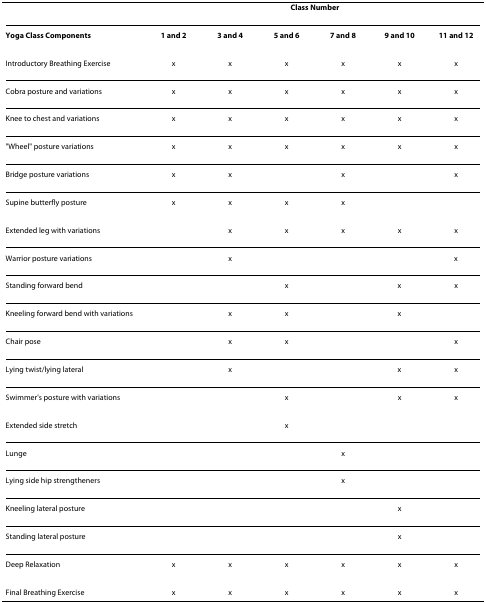
<table><thead><tr><td></td><td colspan="6"><b>Class Number</b></td></tr></thead><tbody><tr><td><b>Yoga Class Components</b></td><td><b>1 and 2</b></td><td><b>3 and 4</b></td><td><b>5 and 6</b></td><td><b>7 and 8</b></td><td><b>9 and 10</b></td><td><b>11 and 12</b></td></tr><tr><td>Introductory Breathing Exercise</td><td>x</td><td>x</td><td>x</td><td>x</td><td>x</td><td>x</td></tr><tr><td>Cobra posture and variations</td><td>x</td><td>x</td><td>x</td><td>x</td><td>x</td><td>x</td></tr><tr><td>Knee to chest and variations</td><td>x</td><td>x</td><td>x</td><td>x</td><td>x</td><td>x</td></tr><tr><td>&quot;Wheel&quot; posture variations</td><td>x</td><td>x</td><td>x</td><td>x</td><td>x</td><td>x</td></tr><tr><td>Bridge posture variations</td><td>x</td><td>x</td><td></td><td>x</td><td></td><td>x</td></tr><tr><td>Supine butterfly posture</td><td>x</td><td>x</td><td>x</td><td>x</td><td></td><td></td></tr><tr><td>Extended leg with variations</td><td></td><td>x</td><td>x</td><td>x</td><td>x</td><td>x</td></tr><tr><td>Warrior posture variations</td><td></td><td>x</td><td></td><td></td><td></td><td>x</td></tr><tr><td>Standing forward bend</td><td></td><td></td><td>x</td><td></td><td>x</td><td>x</td></tr><tr><td>Kneeling forward bend with variations</td><td></td><td>x</td><td>x</td><td></td><td>x</td><td></td></tr><tr><td>Chair pose</td><td></td><td>x</td><td>x</td><td></td><td></td><td>x</td></tr><tr><td>Lying twist/lying lateral</td><td></td><td>x</td><td></td><td></td><td>x</td><td>x</td></tr><tr><td>Swimmer&#x27;s posture with variations</td><td></td><td></td><td>x</td><td></td><td>x</td><td>x</td></tr><tr><td>Extended side stretch</td><td></td><td></td><td>x</td><td></td><td></td><td></td></tr><tr><td>Lunge</td><td></td><td></td><td></td><td>x</td><td></td><td></td></tr><tr><td>Lying side hip strengtheners</td><td></td><td></td><td></td><td>x</td><td></td><td></td></tr><tr><td>Kneeling lateral posture</td><td></td><td></td><td></td><td></td><td>x</td><td></td></tr><tr><td>Standing lateral posture</td><td></td><td></td><td></td><td></td><td>x</td><td></td></tr><tr><td>Deep Relaxation</td><td>x</td><td>x</td><td>x</td><td>x</td><td>x</td><td>x</td></tr><tr><td>Final Breathing Exercise</td><td>x</td><td>x</td><td>x</td><td>x</td><td>x</td><td>x</td></tr></tbody></table>